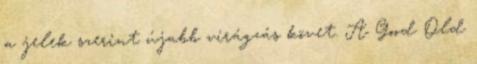
a jelek szerint újabb virágzás követ. A Good Old